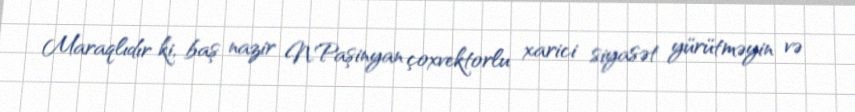
Maraqlıdır ki, baş nazir N.Paşinyan çoxvektorlu xarici siyasət yürütməyin və